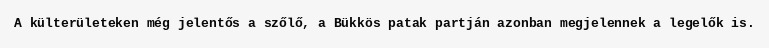
A külterületeken még jelentős a szőlő, a Bükkös patak partján azonban megjelennek a legelők is.